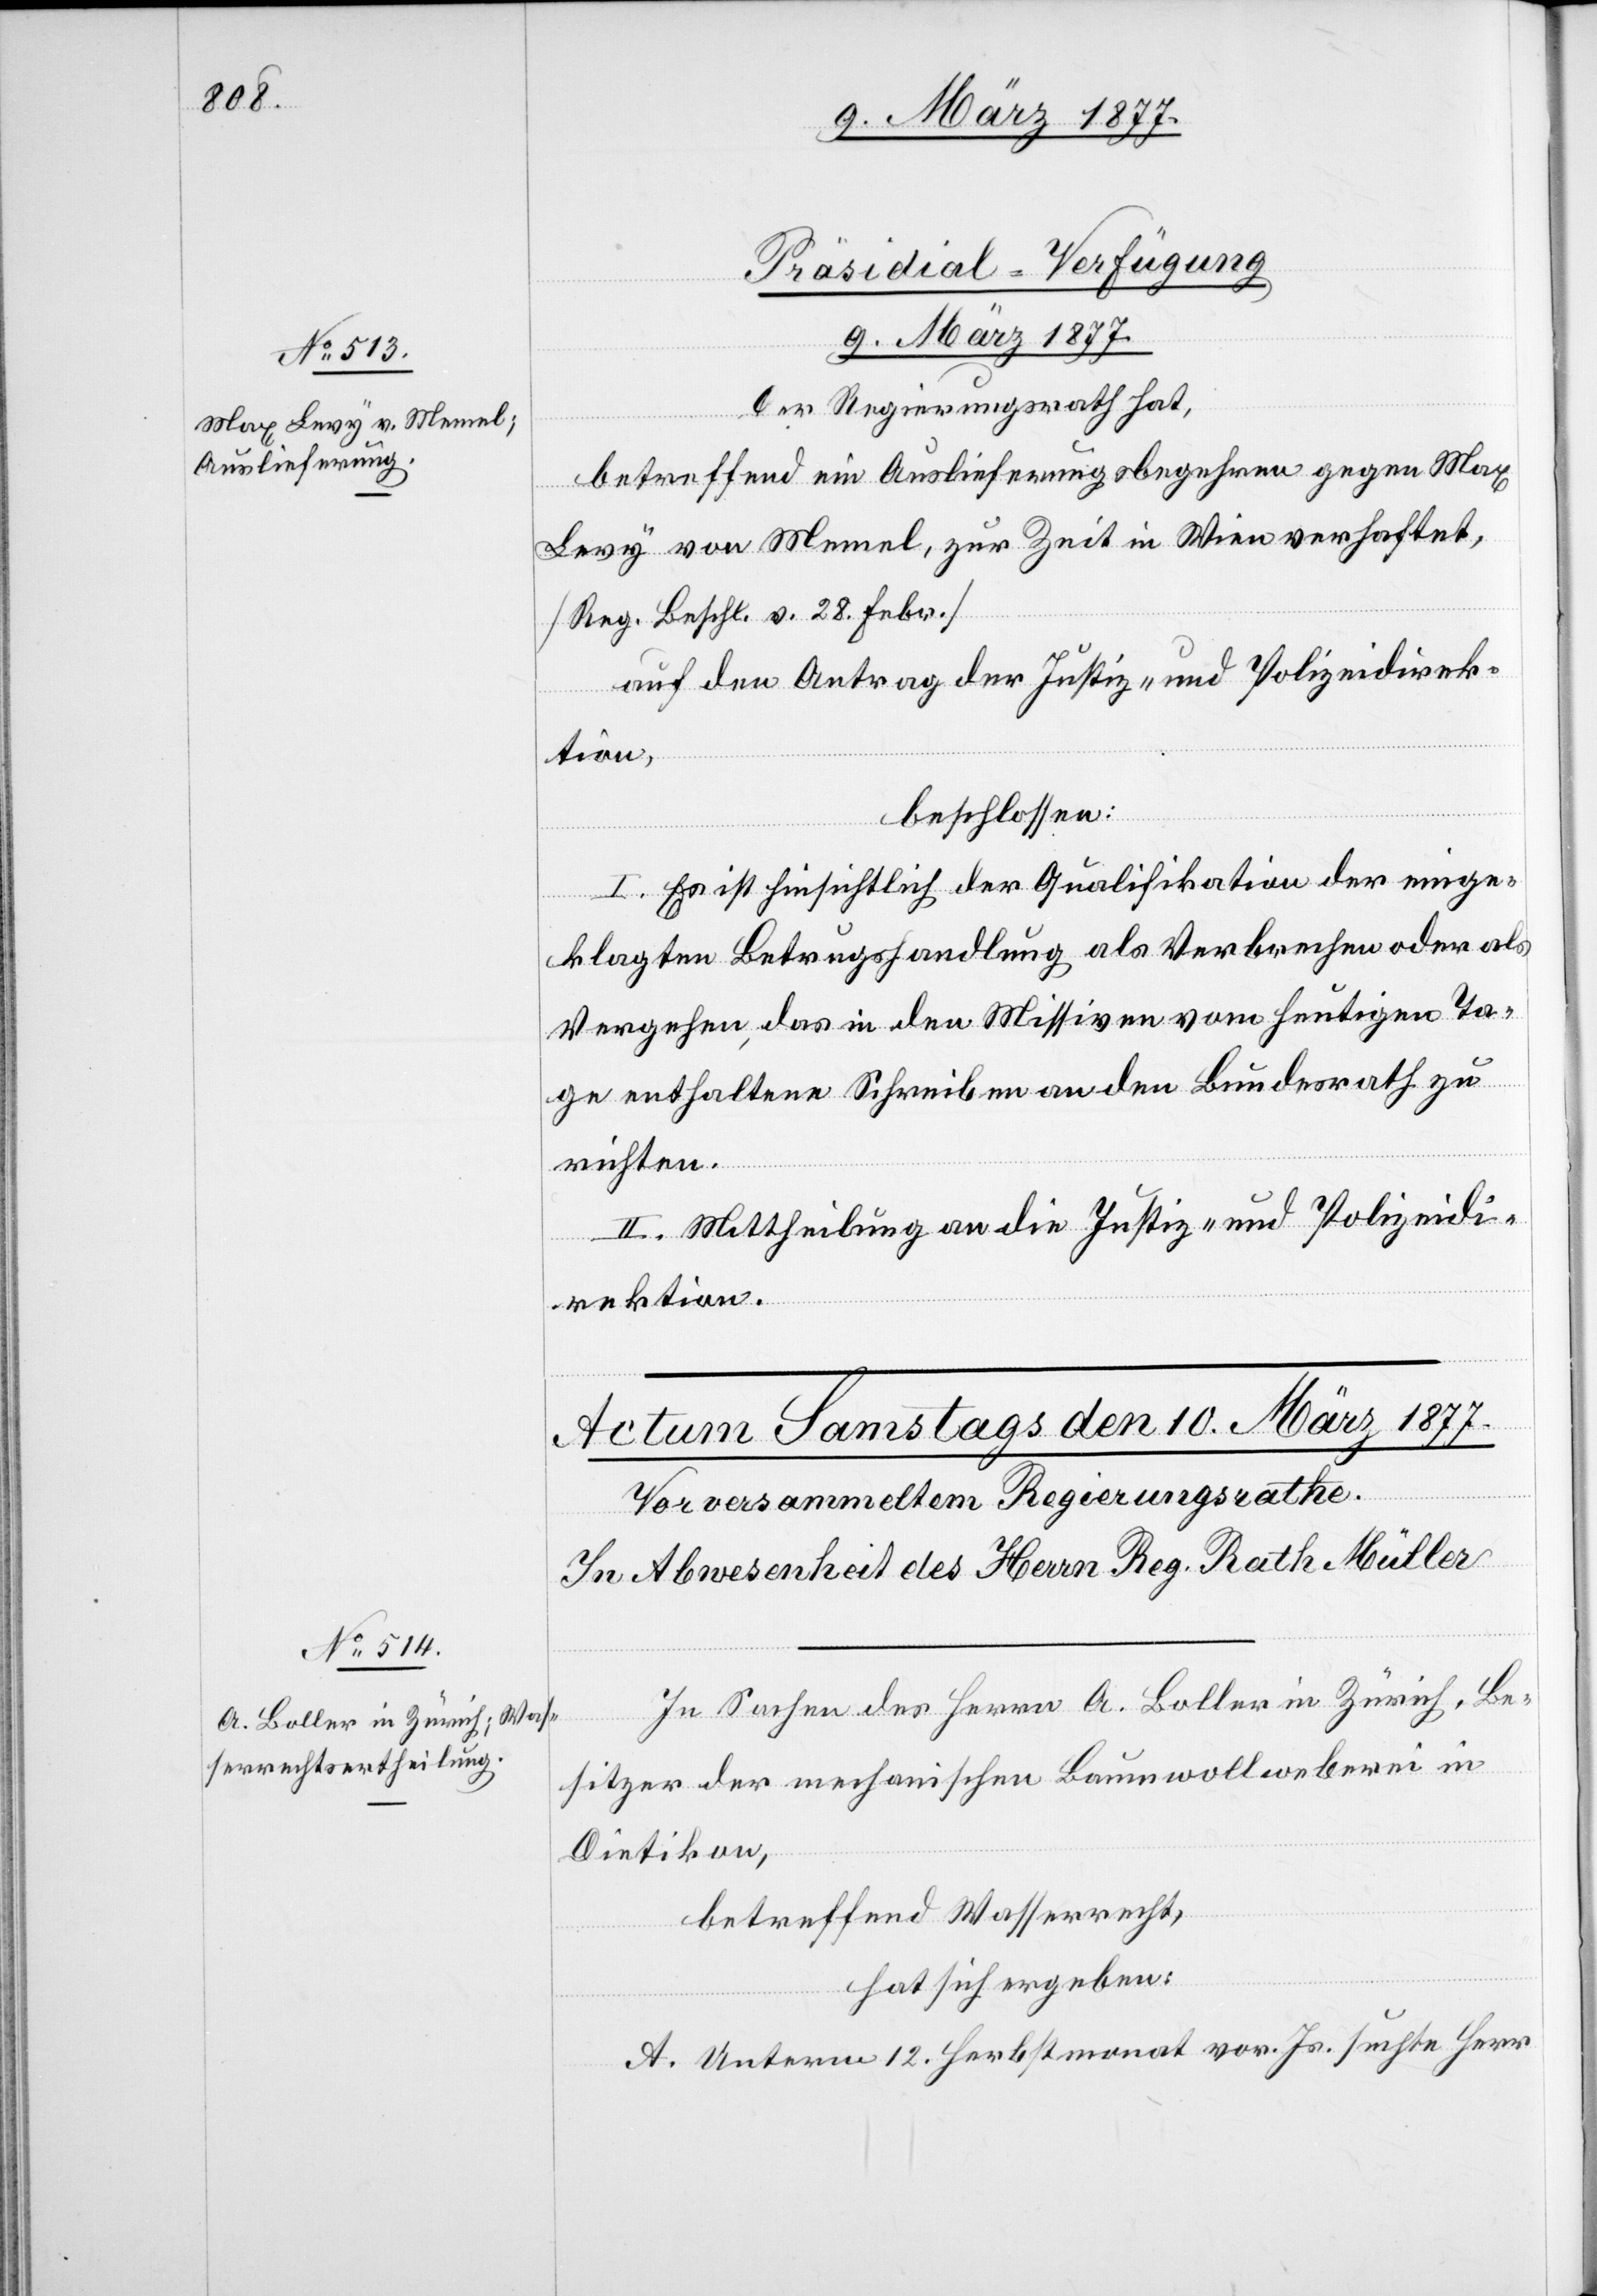
Präsidial-Verfügung
9. März 1877.
Der Regierungsrath hat,
betreffend ein Auslieferungsbegehren gegen Max
Levy von Memel, zur Zeit in Wien verhaftet,
[Reg. Beschl. v. 28. Febr.]
auf den Antrag der Justiz- und Polizeidirek¬
tion,
beschlossen:
I. Es ist hinsichtlich der Qualifikation der einge¬
klagten Betrugshandlung als Verbrechen oder als
Vergehen das in den Missiven vom heutigen Ta¬
ge enthaltene Schreiben an den Bundesrath zu
richten.
II. Mittheilung an die Justiz- und Polizeidi¬
rektion.
In Sachen des Herrn A. Boller in Zürich, Be¬
sitzer der mechanischen Baumwollweberei in
Dietikon,
betreffend Wasserrecht,
hat sich ergeben:
A. Unterm 12. Herbstmonat vor. Js. suchte Herr